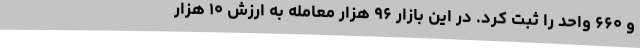
و ۶۶۰ واحد را ثبت کرد. در این بازار ۹۶ هزار معامله به ارزش ۱۰ هزار